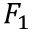
F _ { 1 }